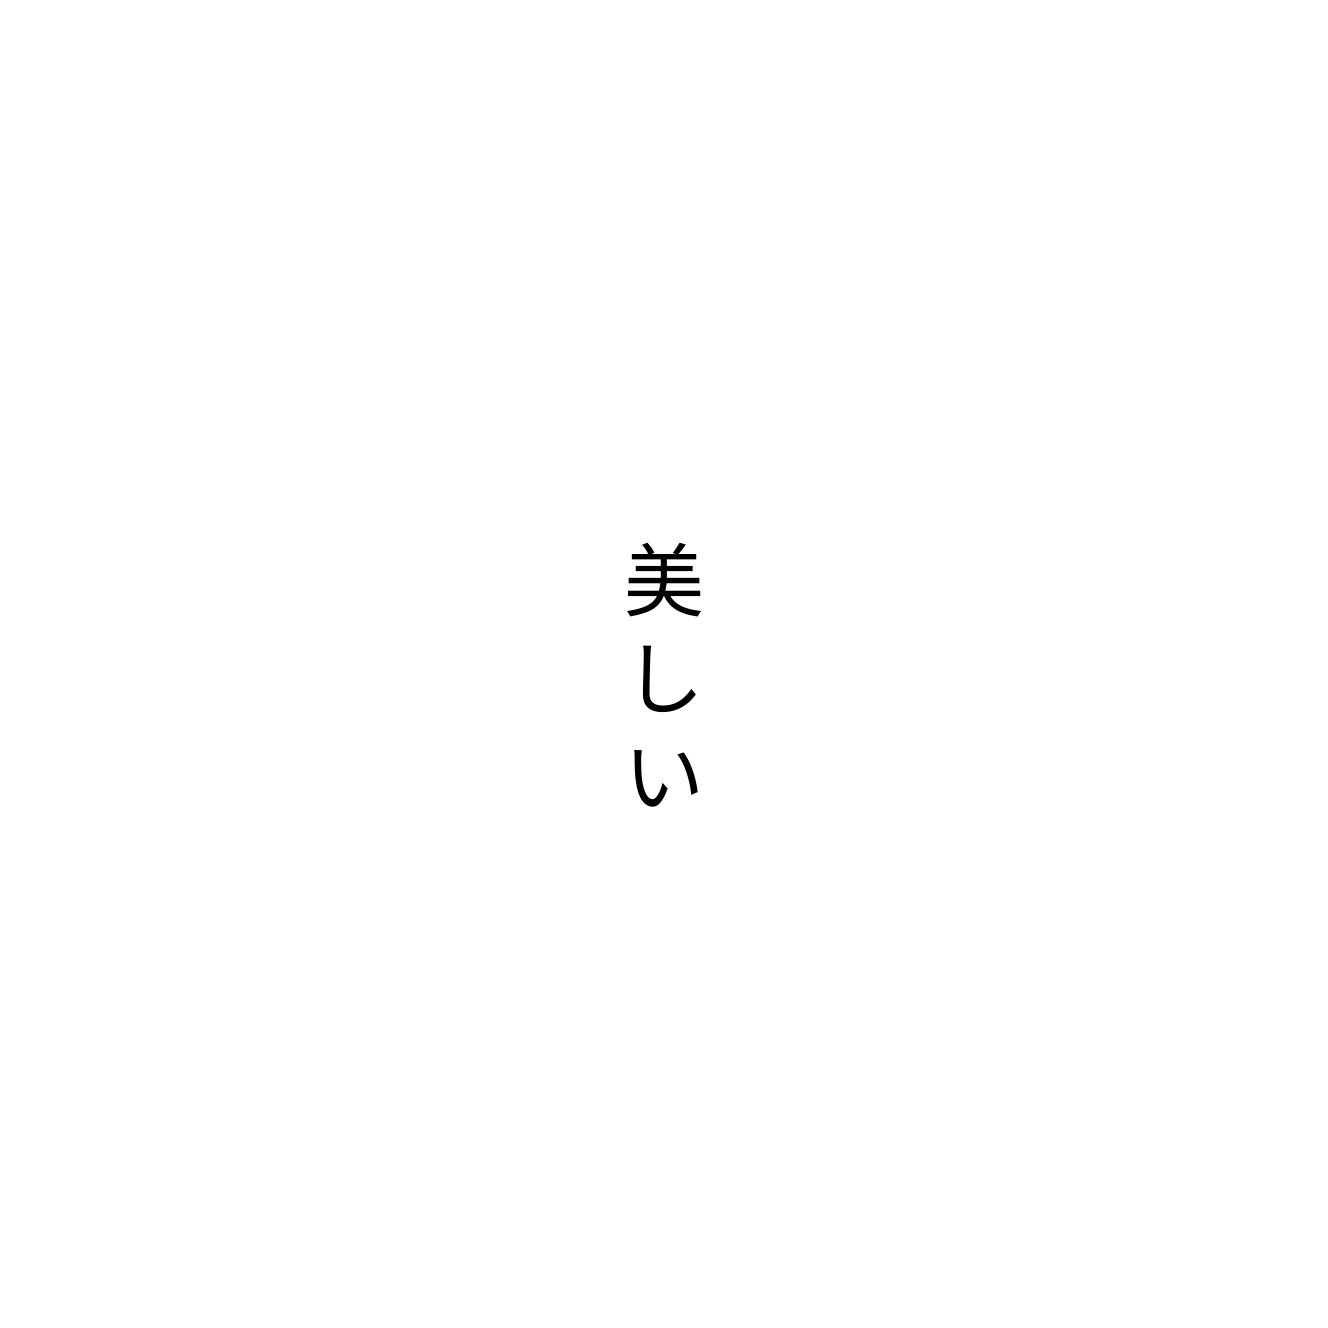
美しい